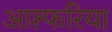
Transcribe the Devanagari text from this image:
अफ़्फरिया